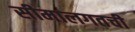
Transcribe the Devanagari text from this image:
सीमालगतची